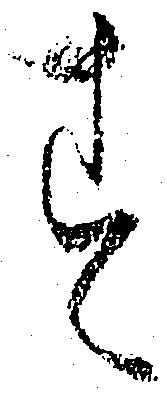
す